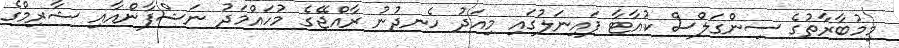
މިމުބާރާތުގެ ސިންގަލްސް ކުއާޓާ ފައިނަލުގައި މިއަދު ހެނދުނު ރާއްޖޭގެ މުހައްމަދު ނަޝްފާންއާއި ޝާރިމްގެ